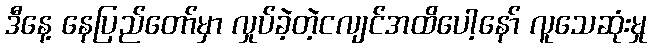
ဒီနေ့ နေပြည်တော်မှာ လှုပ်ခဲ့တဲ့ငလျင်အထိပေါ့နော် လူသေဆုံးမှု